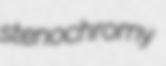
stenochromy